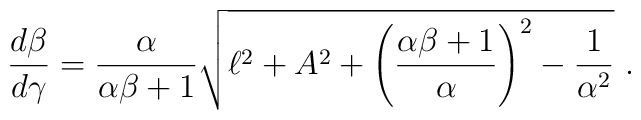
\frac{d\beta}{d\gamma} = \frac{\alpha}{\alpha\beta +1}\sqrt{\ell^2 + A^2 + \left(\frac{\alpha \beta + 1}{\alpha}\right)^2 - \frac{1}{\alpha^{2}}} \ .